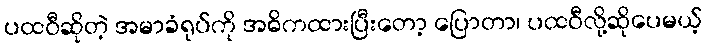
ပထဝီဆိုတဲ့ အမာခံရုပ်ကို အဓိကထားပြီးတော့ ပြောတာ၊ ပထဝီလို့ဆိုပေမယ့်